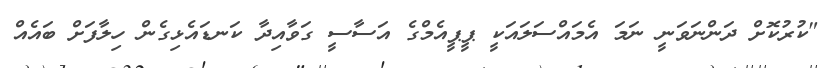
"ކުރުކޮށް ދަންނަވަނީ ނަމަ އެމައްސަލައަކީ ޕީޕީއެމްގެ އަސާސީ ގަވާއިދާ ކަނޑައެޅިގެން ހިލާފަށް ބައެއް